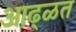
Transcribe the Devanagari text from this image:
आढ्ळत